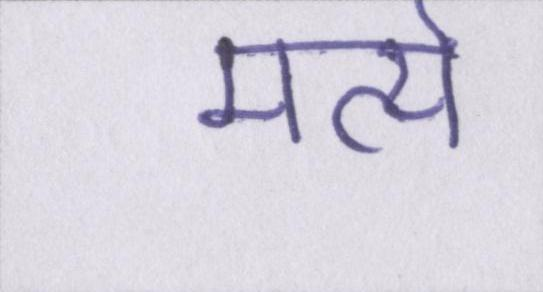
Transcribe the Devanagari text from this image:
मर्त्य